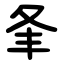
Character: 夆